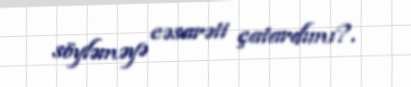
söyləməyə cəsarəti çatardımı?.